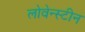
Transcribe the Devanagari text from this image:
लोवेन्स्टीन